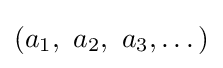
\left(a_{1},\ a_{2},\ a_{3},\dots \right)